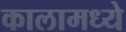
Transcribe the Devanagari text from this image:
कालामध्ये